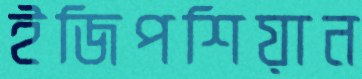
ইজিপশিয়ান